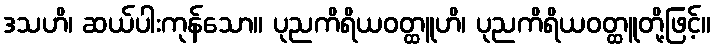
ဒသဟိ၊ ဆယ်ပါးကုန်သော။ ပုညကိရိယဝတ္ထူဟိ၊ ပုညကိရိယဝတ္ထူတို့ဖြင့်။